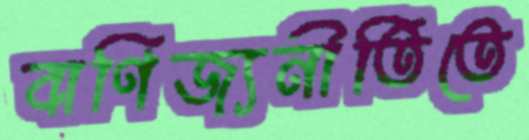
বাণিজ্যনীতিতে